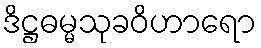
ဒိဋ္ဌဓမ္မသုခဝိဟာရော